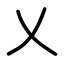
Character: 乂